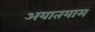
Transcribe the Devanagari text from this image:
अयातयाम